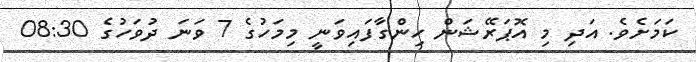
ކަމަށެވެ. އަދި މި އޮޕަރޭޝަން ހިންގާފައިވަނީ މިމަހުގެ 7 ވަނަ ދުވަހުގެ 08:30